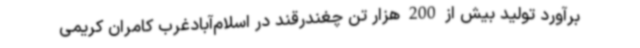
برآورد تولید بیش از 200 هزار تن چغندرقند در اسلام‌آبادغرب کامران کریمی